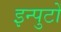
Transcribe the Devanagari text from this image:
इन्पुटों